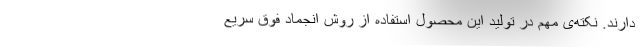
دارند. نکته‌ی مهم در تولید این محصول استفاده از روش انجماد فوق سریع